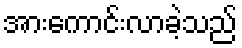
အားကောင်းလာခဲ့သည်